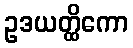
ဥဒယတ္ထိကော